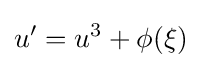
u'=u^{3}+\phi (\xi )